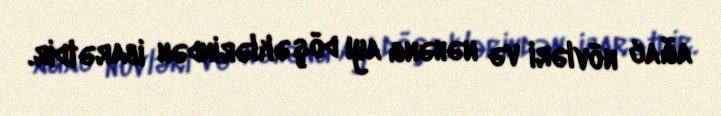
ağac növləri və nəhəng ayı döşəklərindən ibarətdir.